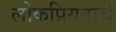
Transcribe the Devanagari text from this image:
लोकप्रियताचे